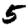
Digit: 5